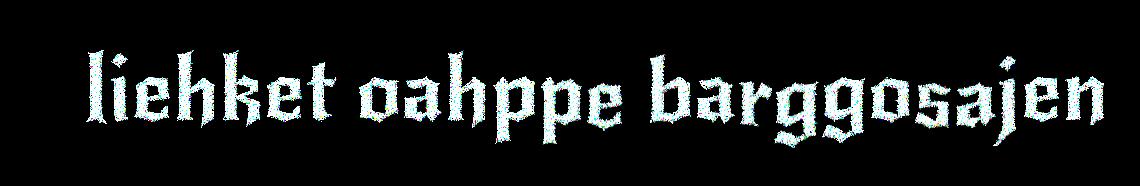
liehket oahppe barggosajen